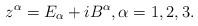
LaTeX: \begin{align*}z^{\alpha }=E_{\alpha }+iB^{\alpha },\alpha =1,2,3. \end{align*}